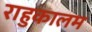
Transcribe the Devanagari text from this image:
राहुकालम